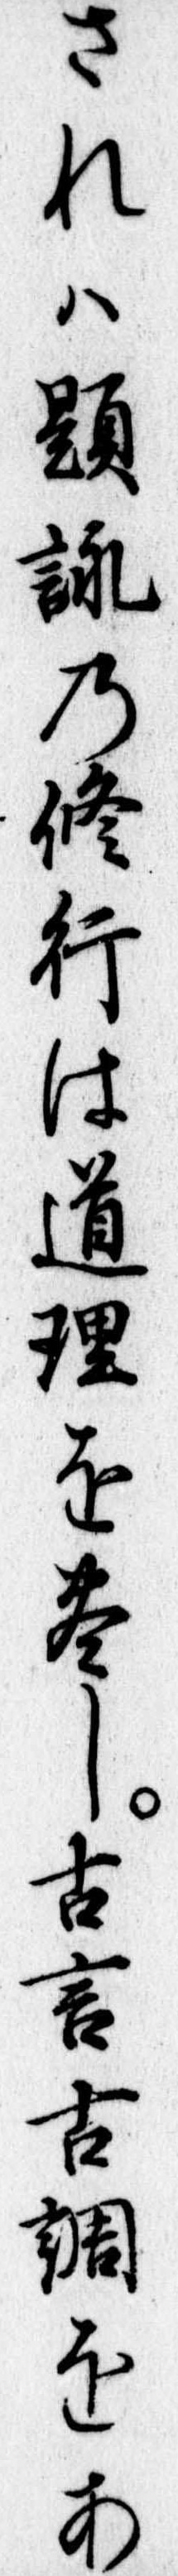
されは題詠の修行は道理を尽し古言古調をあ